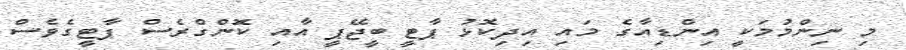
މި ނިންމުމަކީ އިންޑިއާގެ މައި އިދިކޮޅު ޕާޓީ ބީޖޭޕީ އާއި ކޮންގްރެސް ޕާޓީގެވެސް